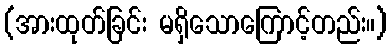
(အားထုတ်ခြင်း မရှိသောကြောင့်တည်း။)